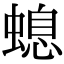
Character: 螅